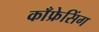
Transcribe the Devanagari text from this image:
काँफ्रेसिंग